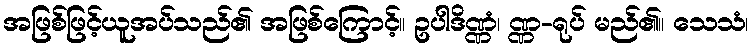
အဖြစ်ဖြင့်ယူအပ်သည်၏ အဖြစ်ကြောင့်။ ဥပါဒိဏ္ဏံ၊ ဏ္ဏ-ရုပ် မည်၏။ သေသံ၊